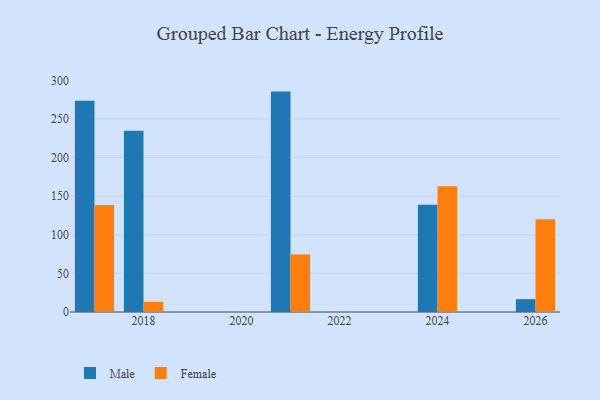
{"axis": {"x": "Year", "y": "Active Users"}, "legend": ["Female", "Male"], "data": [{"x": "2026", "y": 16.6, "type": "Male"}, {"x": "2026", "y": 120.0, "type": "Female"}, {"x": "2018", "y": 234.7, "type": "Male"}, {"x": "2018", "y": 13.2, "type": "Female"}, {"x": "2021", "y": 285.5, "type": "Male"}, {"x": "2021", "y": 74.4, "type": "Female"}, {"x": "2017", "y": 273.6, "type": "Male"}, {"x": "2017", "y": 138.7, "type": "Female"}, {"x": "2024", "y": 138.8, "type": "Male"}, {"x": "2024", "y": 162.9, "type": "Female"}]}